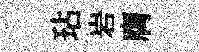
玷岩膺